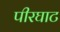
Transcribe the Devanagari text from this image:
पीरघाट